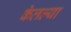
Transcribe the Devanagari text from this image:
केलल्या